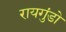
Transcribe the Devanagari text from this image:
रायगुंडो